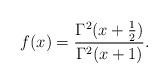
LaTeX: \begin{align*}f(x)=\frac{\Gamma^2(x+\frac 12)}{\Gamma^2(x+1)}.\end{align*}